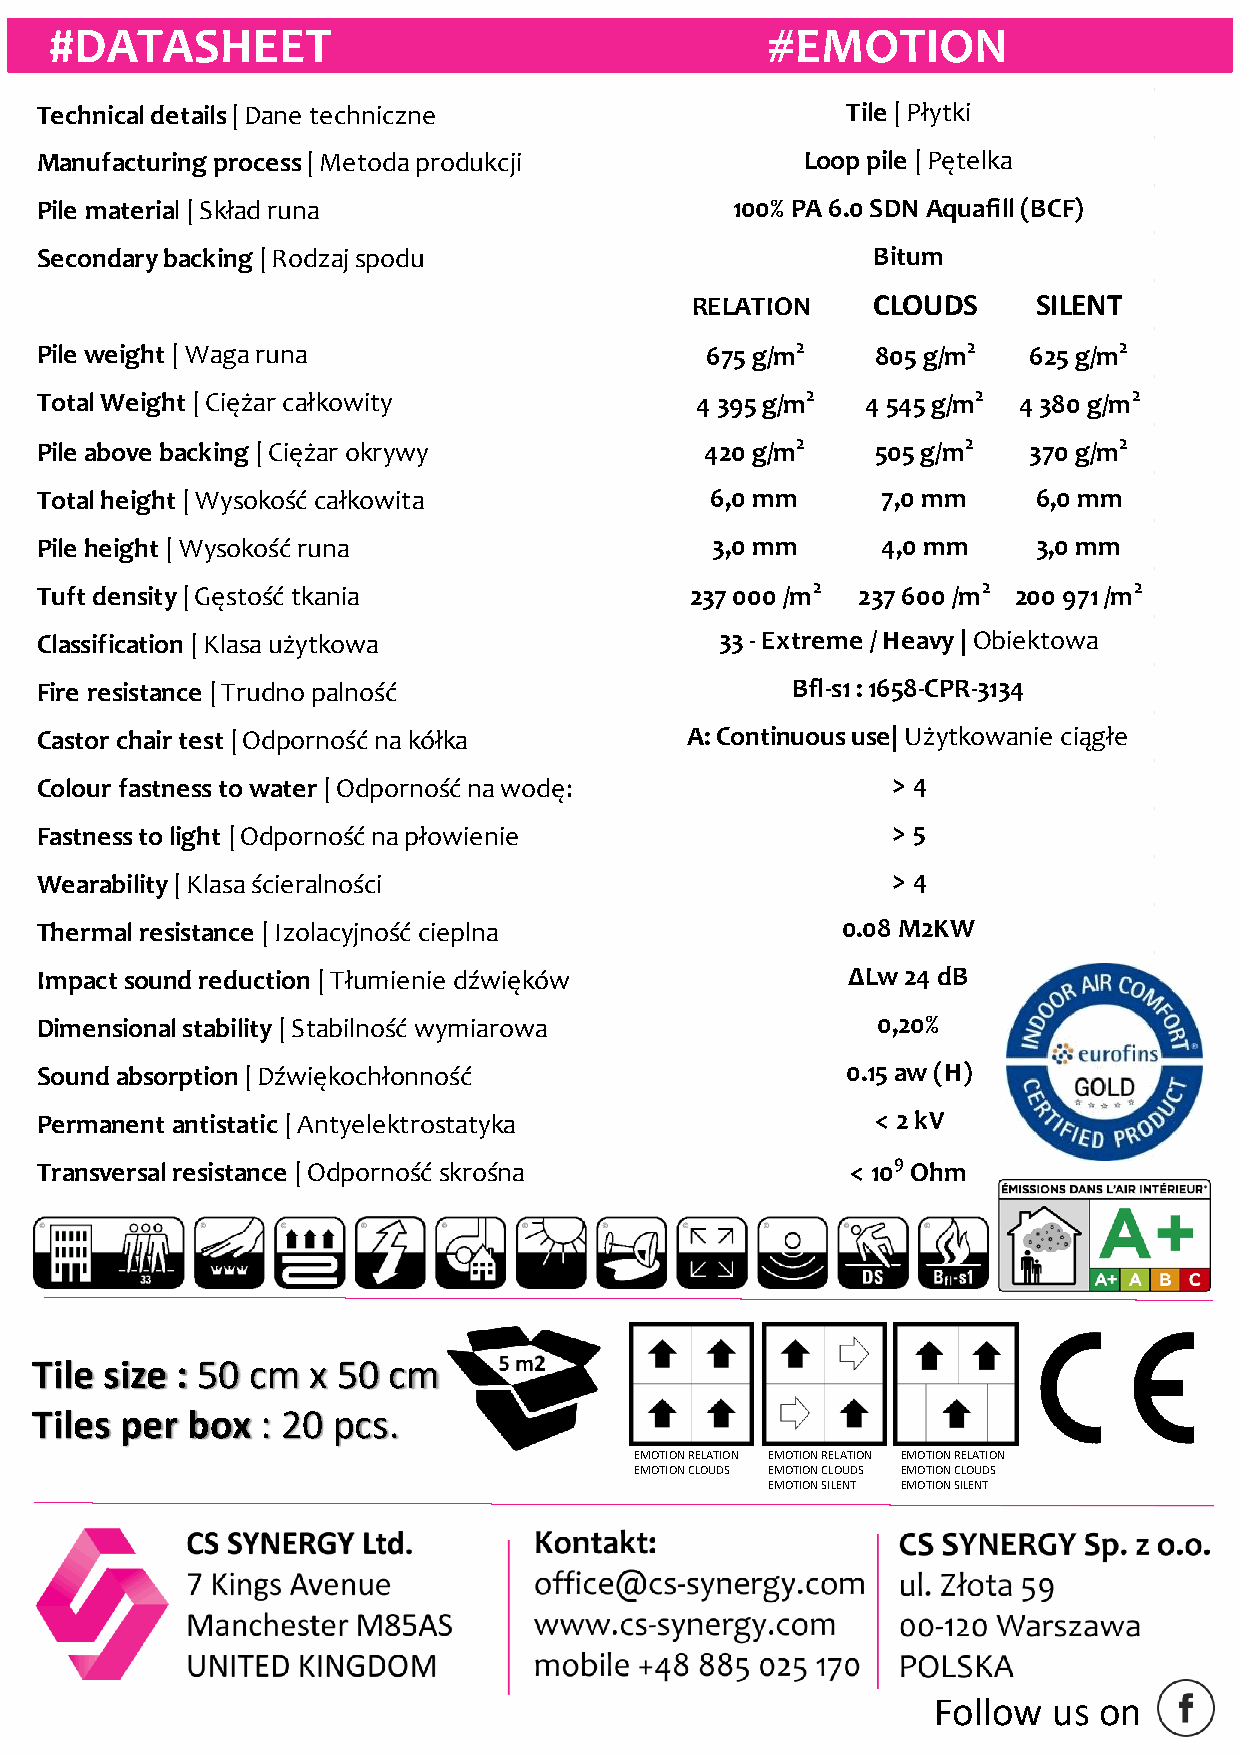
#DATASHEET                                      #EMOTION
 Technical details | Dane techniczne                   Tile | Płytki
 Manufacturing process | Metoda produkcji           Loop pile | Pętelka
 Pile material | Skład runa                     100% PA 6.0 SDN Aquafill (BCF)
 Secondary backing | Rodzaj spodu                        Bitum
 RELATION    CLOUDS     SILENT
 Pile weight | Waga runa                      675 g/m2   805 g/m2  625 g/m2
 Total Weight | Ciężar całkowity             4 395 g/m2 4 545 g/m2 4 380 g/m2
 2          2         2
 Pile above backing | Ciężar okrywy           420 g/m    505 g/m   370 g/m
 Total height | Wysokość całkowita            6,0 mm     7,0 mm     6,0 mm
 Pile height | Wysokość runa                  3,0 mm     4,0 mm     3,0 mm
 2          2         2
 Tuft density | Gęstość tkania               237 000 /m 237 600 /m 200 971 /m
 Classification | Klasa użytkowa               33 - Extreme / Heavy | Obiektowa
 Fire resistance | Trudno palność                  Bfl-s1 : 1658-CPR-3134
 Castor chair test | Odporność na kółka     A: Continuous use| Użytkowanie ciągłe
 Colour fastness to water | Odporność na wodę:            > 4
 Fastness to light | Odporność na płowienie               > 5
 Wearability | Klasa ścieralności                         > 4
 Thermal resistance | Izolacyjność cieplna             0.08 M2KW
 Impact sound reduction | Tłumienie dźwięków           ΔLw 24 dB
 Dimensional stability | Stabilność wymiarowa            0,20%
 Sound absorption | Dźwiękochłonność                   0.15 aw (H)
 Permanent antistatic | Antyelektrostatyka               < 2 kV
 9
 Transversal resistance | Odporność skrośna            < 10 Ohm
 Tile size : 50 cm x 50  cm
 Tiles per box  : 20 pcs.
 EMOTION RELATION EMOTION RELATION EMOTION RELATION
 EMOTION CLOUDS EMOTION CLOUDS EMOTION CLOUDS
 EMOTION SILENT EMOTION SILENT
 Follow  us on